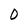
Character: 0